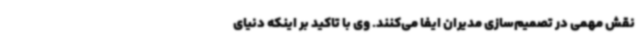
نقش مهمی در تصمیم‌سازی مدیران ایفا می‌کنند. وی با تاکید بر اینکه دنیای